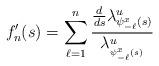
LaTeX: \begin{align*}f_n^{\prime}(s)=\sum_{\ell=1}^n\frac{\frac{d}{ds}\lambda^u_{\psi^x_{-\ell}(s)}}{\lambda^u_{_{\psi^x_{-\ell}(s)}}}\end{align*}